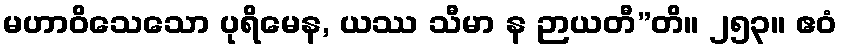
မဟာဝိသေသော ပုရိမေန, ယဿ သီမာ န ဉာယတီ”တိ။ ၂၅၃။ ဧဝံ